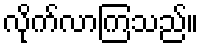
လိုက်လာကြသည်။